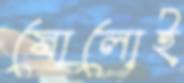
ষোলোই